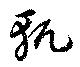
軏